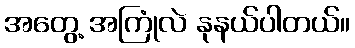
အတွေ့ အကြုံလဲ နုနယ်ပါတယ်။